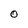
Character: O